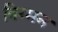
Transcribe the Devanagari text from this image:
विग्मन